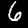
Label: 6